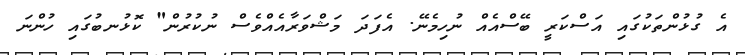
އެ ގުޅުންތަކުގައި އަސްކަރީ ބޭސްއެއް ނުހިމެނޭ. އެފަދަ މަޝްވަރާއެއްވެސް ނުކުރުން" ކޮޅުނބުގައި ހުންނަ